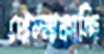
থোল্লাকান্দি